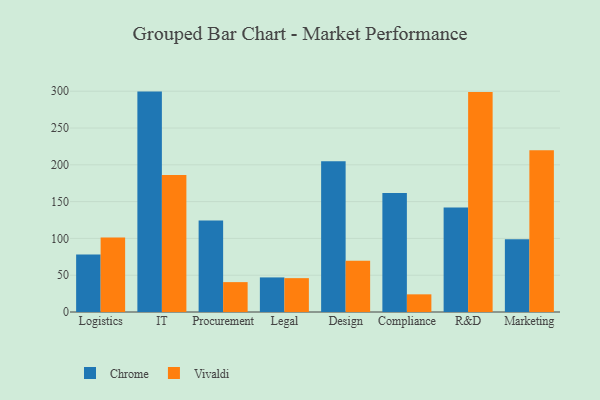
{"axis": {"x": "Department", "y": "Page Views"}, "legend": ["Chrome", "Vivaldi"], "data": [{"x": "Logistics", "y": 78.0, "type": "Chrome"}, {"x": "Logistics", "y": 101.2, "type": "Vivaldi"}, {"x": "IT", "y": 299.5, "type": "Chrome"}, {"x": "IT", "y": 186.0, "type": "Vivaldi"}, {"x": "Procurement", "y": 124.3, "type": "Chrome"}, {"x": "Procurement", "y": 40.6, "type": "Vivaldi"}, {"x": "Legal", "y": 47.0, "type": "Chrome"}, {"x": "Legal", "y": 46.0, "type": "Vivaldi"}, {"x": "Design", "y": 204.7, "type": "Chrome"}, {"x": "Design", "y": 69.5, "type": "Vivaldi"}, {"x": "Compliance", "y": 161.8, "type": "Chrome"}, {"x": "Compliance", "y": 24.0, "type": "Vivaldi"}, {"x": "R&D", "y": 141.9, "type": "Chrome"}, {"x": "R&D", "y": 299.1, "type": "Vivaldi"}, {"x": "Marketing", "y": 99.0, "type": "Chrome"}, {"x": "Marketing", "y": 219.9, "type": "Vivaldi"}]}